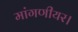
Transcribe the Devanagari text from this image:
मांगणीयर।